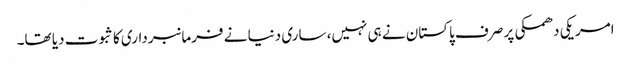
امریکی دھمکی پر صرف پاکستان نے ہی نہیں، ساری دنیا نے فرمانبرداری کا ثبوت دیا تھا۔